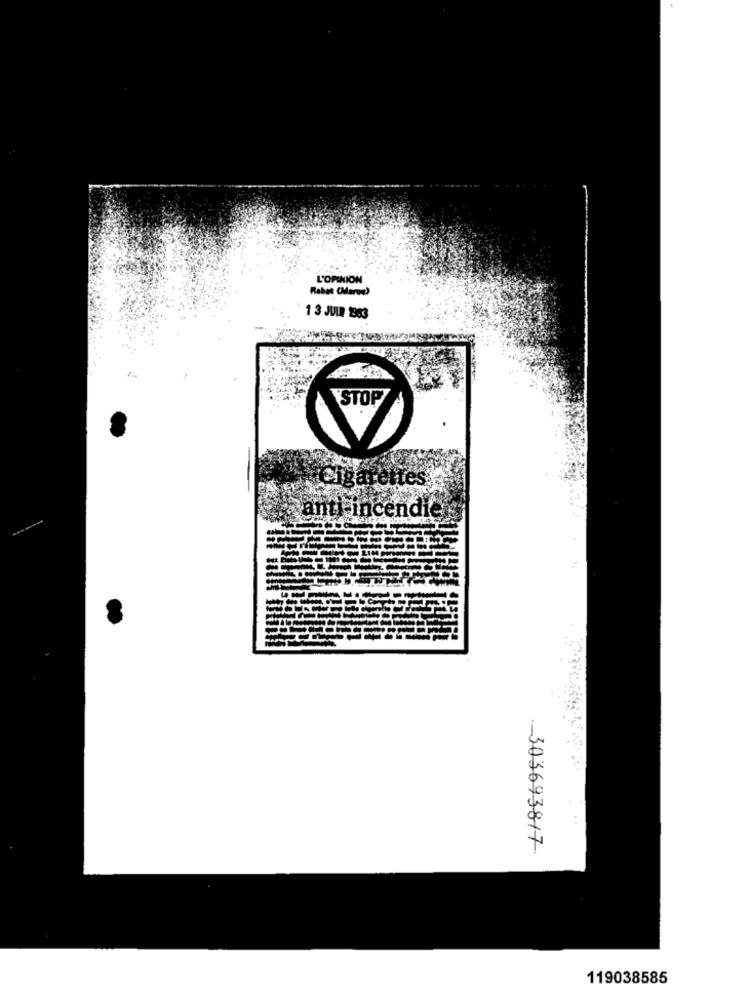
L'OPINION
Rabat (Mare)
1 3 JUIN 883
STOP
Barettes
anti incendie
-- 303693817.
119038585